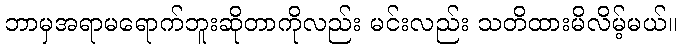
ဘာမှအရာမရောက်ဘူးဆိုတာကိုလည်း မင်းလည်း သတိထားမိလိမ့်မယ်။